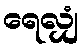
ရေလျှံ